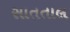
સાતતાલ